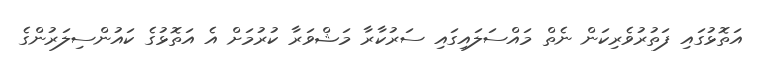
އަތޮޅުގައި ފަތުރުވެރިކަން ނެތް މައްސަލައިގައި ސަރުކާރާ މަޝްވަރާ ކުރުމަށް އެ އަތޮޅުގެ ކައުންސިލަރުންގެ